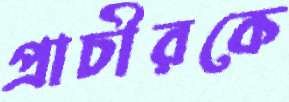
প্রাচীরকে